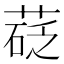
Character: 𦷩